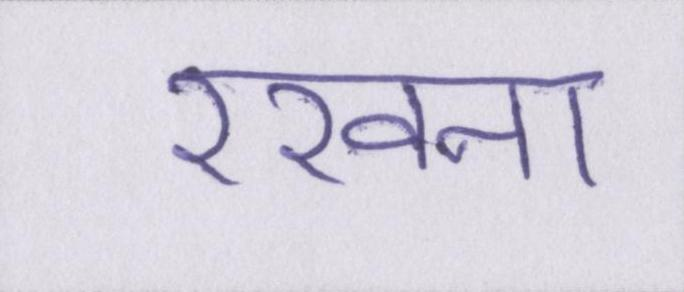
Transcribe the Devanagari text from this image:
रखना